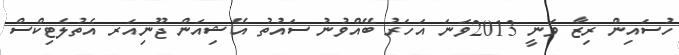
ހުސައިން ރިޒާ ވަނީ 2013ވަނަ އަހަރު ބޭއްވުނު ސައުތު އޭޝިއަން ޖޫނިއަރ އެތުލެޓިކްސް